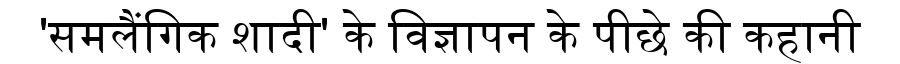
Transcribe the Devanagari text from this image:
'समलैंगिक शादी' के विज्ञापन के पीछे की कहानी